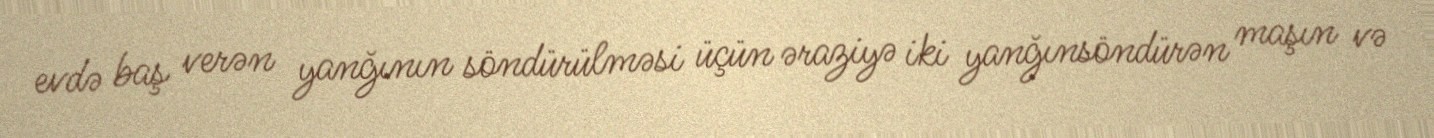
evdə baş verən yanğının söndürülməsi üçün əraziyə iki yanğınsöndürən maşın və